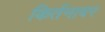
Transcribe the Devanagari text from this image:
किर्तनावर